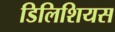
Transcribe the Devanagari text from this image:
डिलिशियस